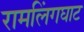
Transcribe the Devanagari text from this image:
रामलिंगघाट